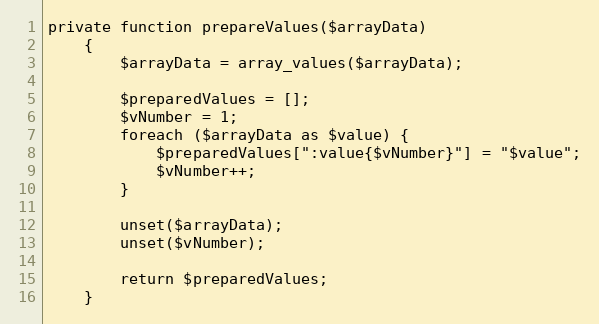
Language: PHP
private function prepareValues($arrayData)
    {
        $arrayData = array_values($arrayData);

        $preparedValues = [];
        $vNumber = 1;
        foreach ($arrayData as $value) {
            $preparedValues[":value{$vNumber}"] = "$value";
            $vNumber++;
        }

        unset($arrayData);
        unset($vNumber);

        return $preparedValues;
    }